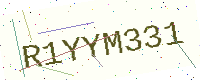
Text: R1YYM331